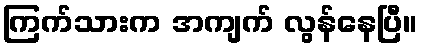
ကြက်သားက အကျက် လွန်နေပြီ။